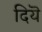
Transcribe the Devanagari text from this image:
दियॆ